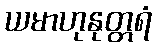
ယမာဟုနုတ္တရံ